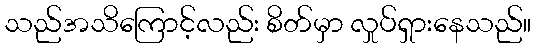
သည်အသိကြောင့်လည်း စိတ်မှာ လှုပ်ရှားနေသည်။